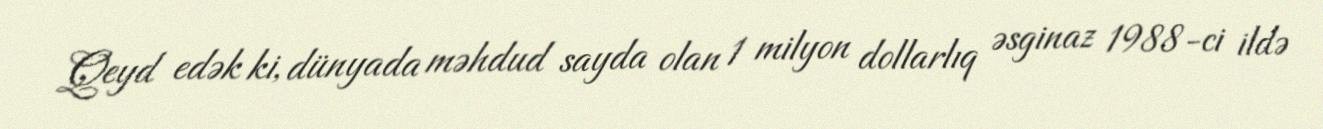
Qeyd edək ki, dünyada məhdud sayda olan 1 milyon dollarlıq əsginaz 1988-ci ildə